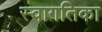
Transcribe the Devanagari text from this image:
स्वागतिका